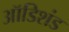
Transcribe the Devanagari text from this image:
ऑडिशंड